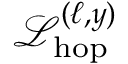
\mathcal { L } _ { \mathrm { h o p } } ^ { ( \ell , y ) }